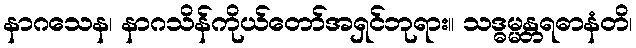
နာဂသေန၊ နာဂသိန်ကိုယ်တော်အရှင်ဘုရား။ သဒ္ဓမ္မန္တရဓာနံတိ၊